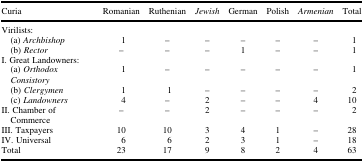
<table><thead><tr><td><b>Curia</b></td><td><b>Romanian</b></td><td><b>Ruthenian</b></td><td><b><i>Jewish</i></b></td><td><b>German</b></td><td><b>Polish</b></td><td><b><i>Armenian</i></b></td><td><b>Total</b></td></tr></thead><tbody><tr><td colspan="8">Virilists:</td></tr><tr><td><i> </i>(a) <i>Archbishop</i></td><td>1</td><td>–</td><td>–</td><td>–</td><td>–</td><td>–</td><td>1</td></tr><tr><td><i> </i>(b) <i>Rector</i></td><td>–</td><td>–</td><td>–</td><td>1</td><td>–</td><td>–</td><td>1</td></tr><tr><td colspan="8">I. Great Landowners:</td></tr><tr><td><i> </i>(a) <i>Orthodox Consistory</i></td><td>1</td><td>–</td><td>–</td><td>–</td><td>–</td><td>–</td><td>1</td></tr><tr><td><i> </i>(b) <i>Clergymen</i></td><td>1</td><td>1</td><td>–</td><td>–</td><td>–</td><td>–</td><td>2</td></tr><tr><td><i> </i>(c) <i>Landowners</i></td><td>4</td><td>–</td><td>2</td><td>–</td><td>–</td><td>4</td><td>10</td></tr><tr><td>II. Chamber of Commerce</td><td>–</td><td>–</td><td>2</td><td>–</td><td>–</td><td>–</td><td>2</td></tr><tr><td>III. Taxpayers</td><td>10</td><td>10</td><td>3</td><td>4</td><td>1</td><td>–</td><td>28</td></tr><tr><td>IV. Universal</td><td>6</td><td>6</td><td>2</td><td>3</td><td>1</td><td>–</td><td>18</td></tr><tr><td>Total</td><td>23</td><td>17</td><td>9</td><td>8</td><td>2</td><td>4</td><td>63</td></tr></tbody></table>